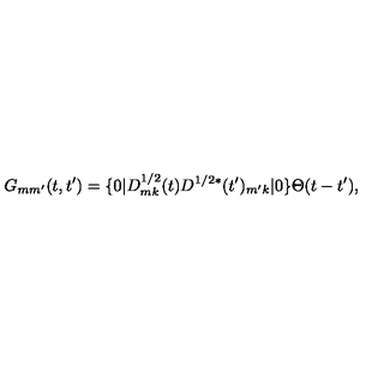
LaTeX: G _ { m m ^ { \prime } } ( t , t ^ { \prime } ) = \{ 0 | D _ { m k } ^ { 1 / 2 } ( t ) D ^ { 1 / 2 * } ( t ^ { \prime } ) _ { m ^ { \prime } k } | 0 \} \Theta ( t - t ^ { \prime } ) ,